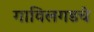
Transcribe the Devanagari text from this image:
गाविलगडचे